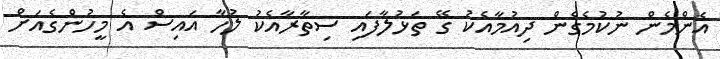
އެންމެން ނުކުމެގެން ދިއުމާއެކު ގޭ ތަޅުލާފައި ސިތާރާއެކު ލުހާ އައިސް އެ މީހުންގެއަށް